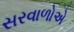
સરવાળોએ